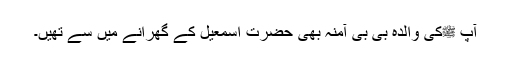
آپ ﷺکی والدہ بی بی آمنہ بھی حضرت اسمٰعیل کے گھرانے میں سے تھیں۔